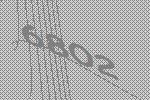
6802